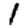
Digit: 1